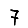
Digit: 7